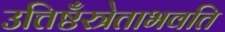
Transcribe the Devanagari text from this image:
उत्तिष्ठँस्त्रेताभवति